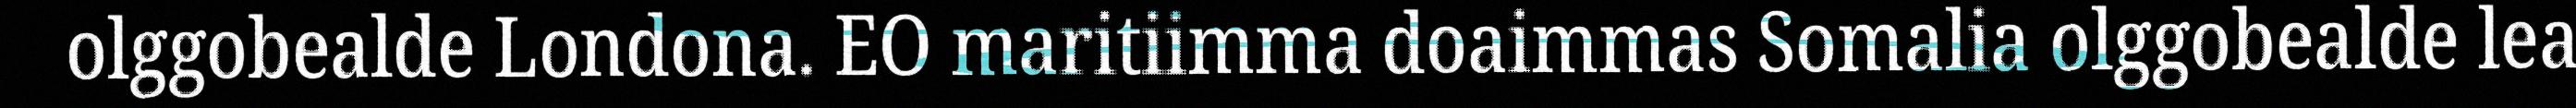
olggobealde Londona. EO maritiimma doaimmas Somalia olggobealde lea